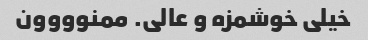
خیلی خوشمزه و عالی. ممنوووون